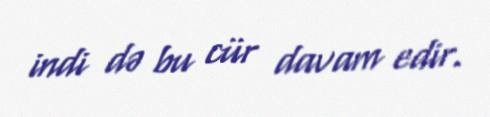
indi də bu cür davam edir.